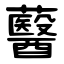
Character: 鿀